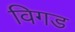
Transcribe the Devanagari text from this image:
विगड